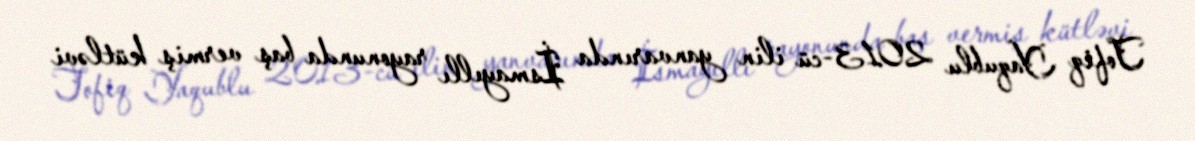
Tofiq Yaqublu 2013-cü ilin yanvarında İsmayıllı rayonunda baş vermiş kütləvi